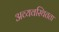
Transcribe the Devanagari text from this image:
अव्यवस्थितता